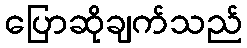
ပြောဆိုချက်သည်